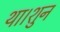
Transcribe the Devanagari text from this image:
था।शुन